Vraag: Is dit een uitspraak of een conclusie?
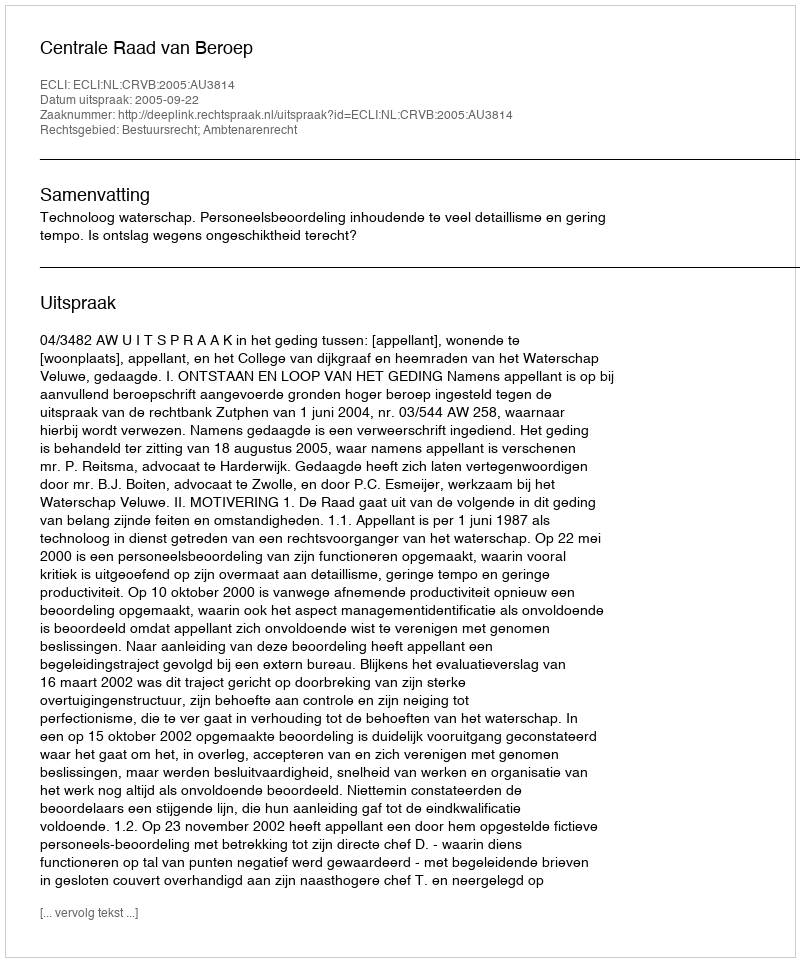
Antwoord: Uitspraak